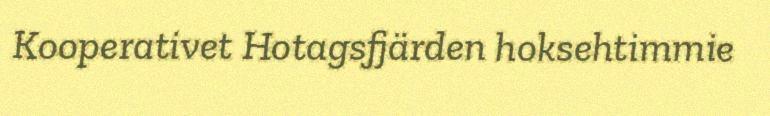
Kooperativet Hotagsfjärden hoksehtimmie